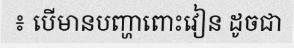
៖ បើមានបញ្ហាពោះវៀន ដូចជា